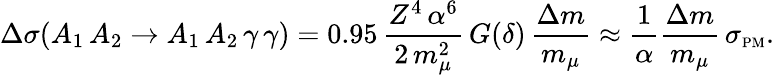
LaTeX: \Delta\sigma(A_{1}\, A_{2}\to A_{1}\, A_{2}\, \gamma\, \gamma)=0.95\, {\frac{Z^{4}\, \alpha^{6}}{2\, m_{\mu}^{2}}}\, G(\delta)\, {\frac{\Delta m}{m_{\mu}}}\approx{\frac{1}{\alpha}}{\frac{\Delta m}{m_{\mu}}}\, \sigma_{\mathrm{{\scriptscriptstyle PM}}}.